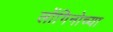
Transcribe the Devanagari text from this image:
लोंगिनोच्या